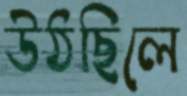
উঠছিলে